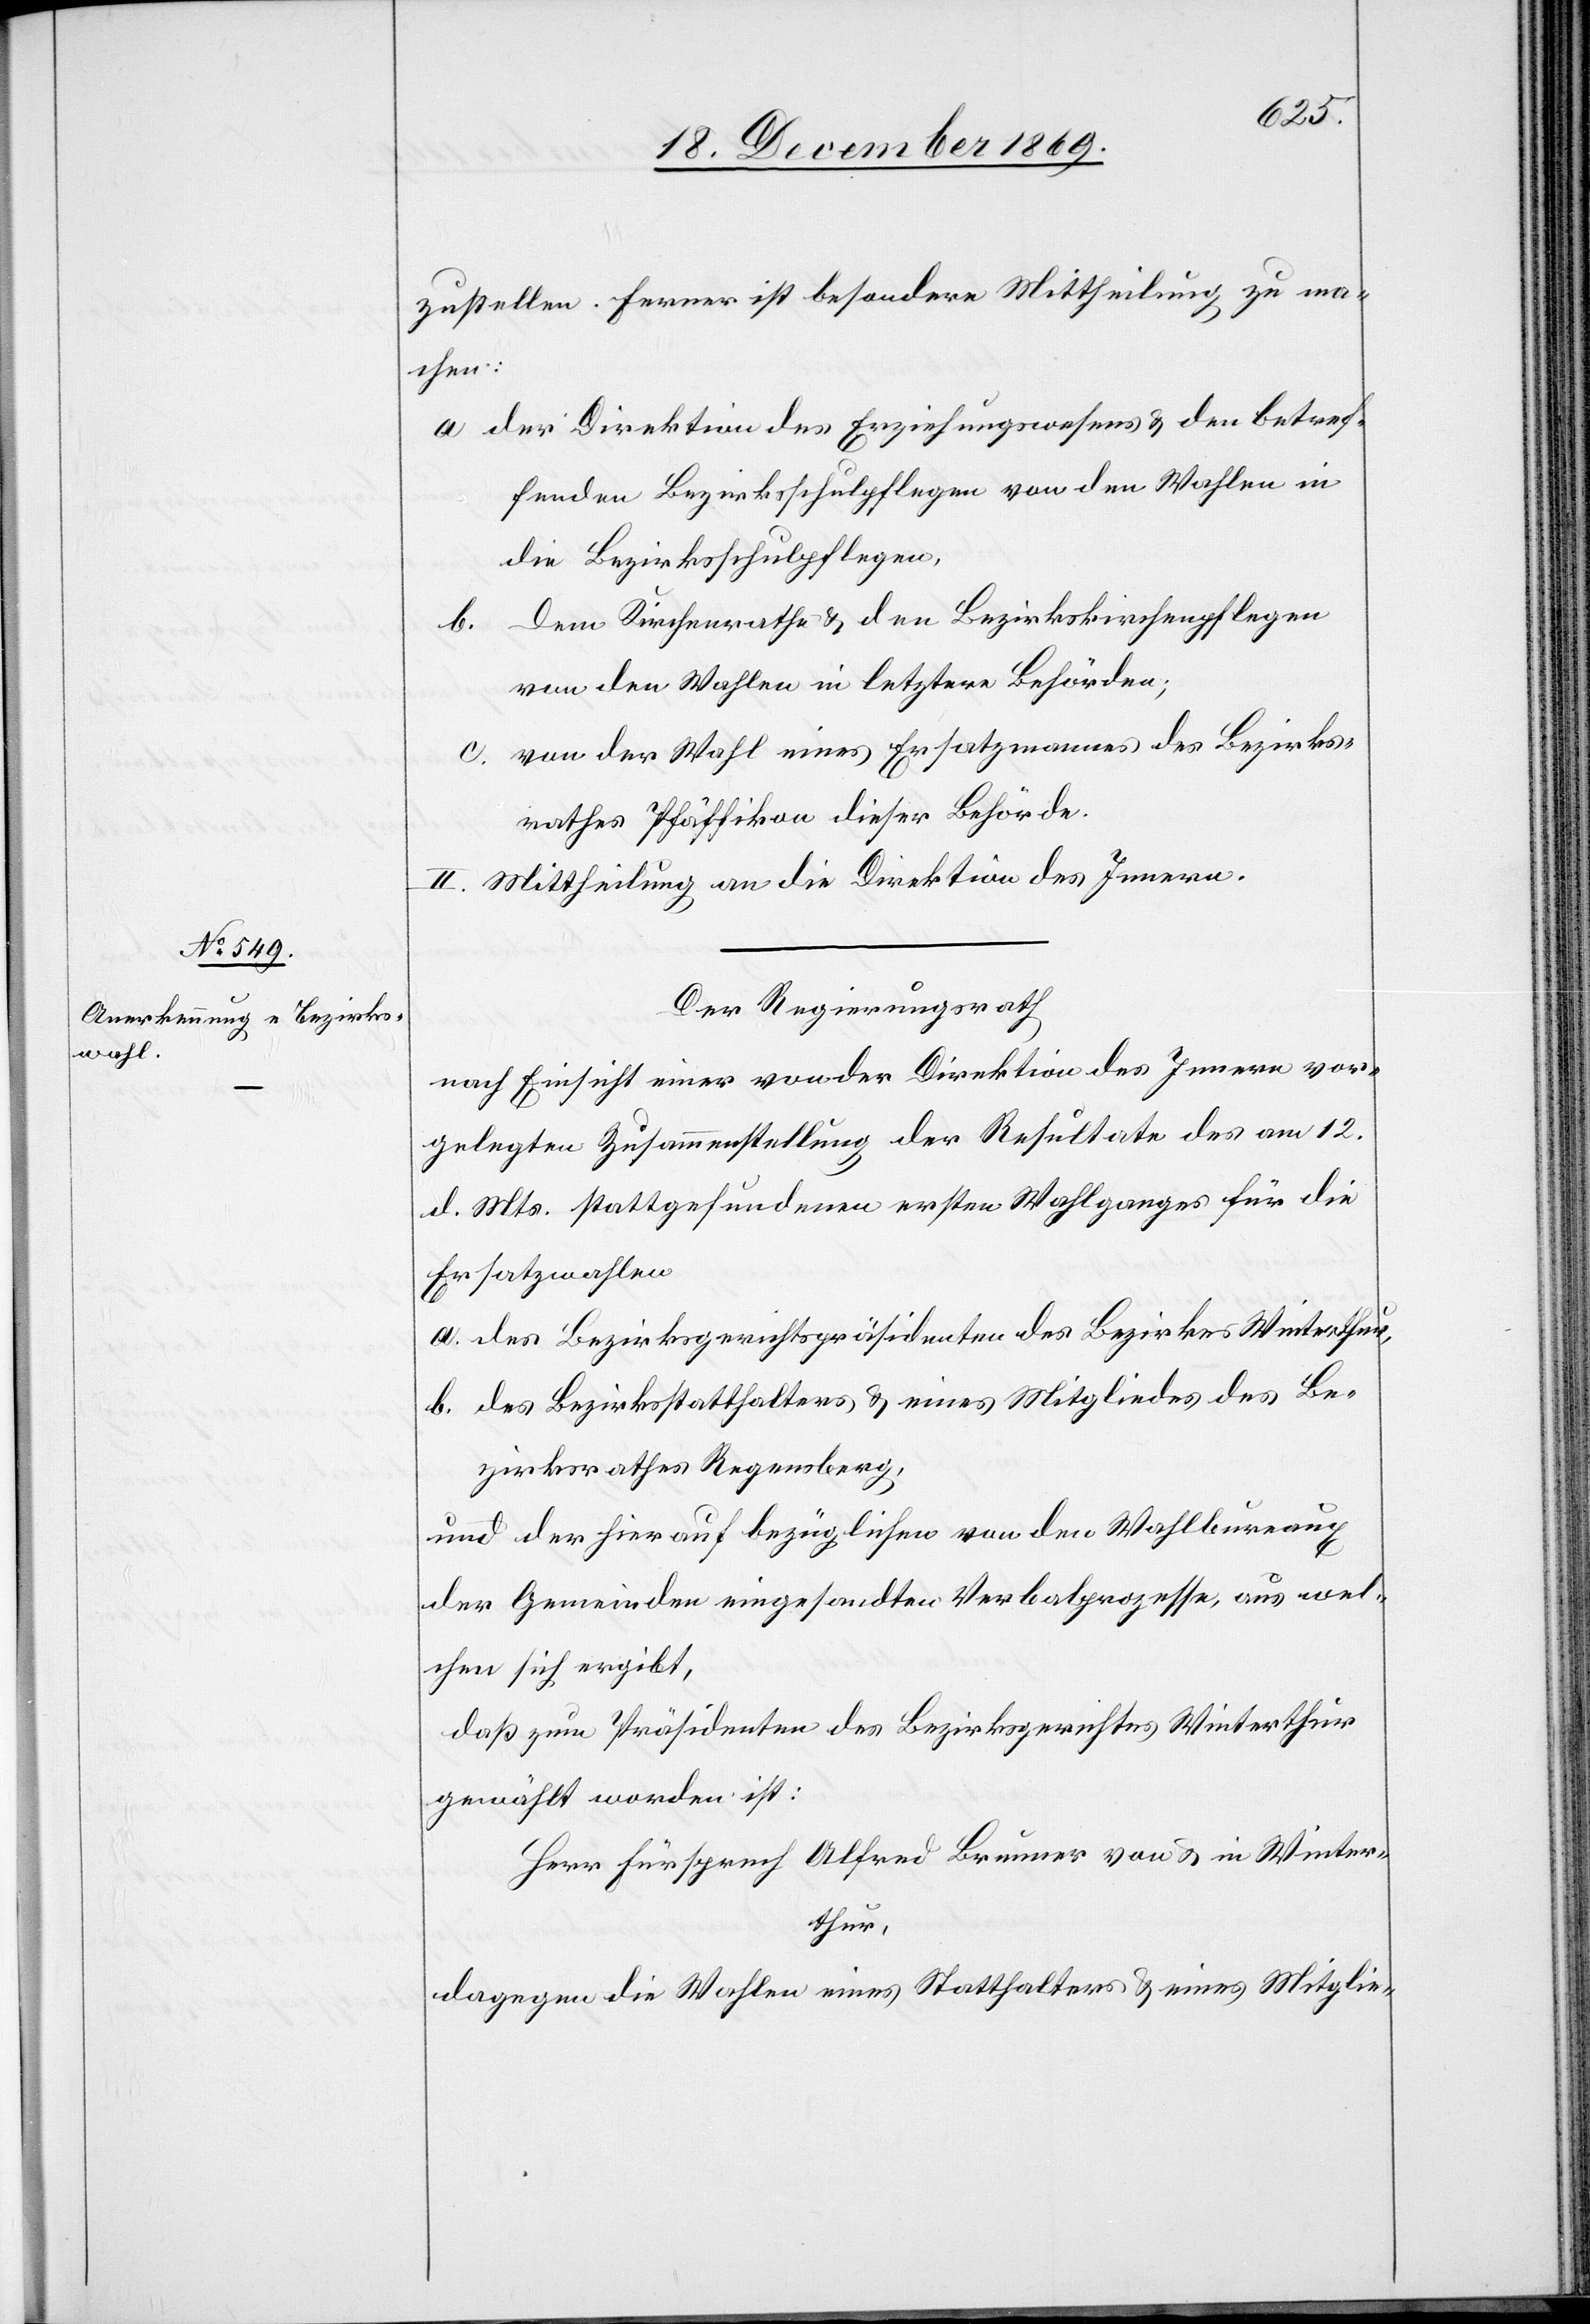
zustellen. Ferner ist besondere Mittheilung zu ma¬
chen:
der Direktion des Erziehungswesens & den betref¬
fenden Bezirksschulpflegen von den Wahlen in
die Bezirksschulpflegen,
dem Kirchenrathe & den Bezirkskirchenpflegen
von den Wahlen in letztere Behörden;
von der Wahl eines Ersatzmannes des Bezirks¬
rathes Pfäffikon dieser Behörde.
II. Mittheilung an die Direktion des Innern.
Der Regierungsrath
nach Einsicht einer von der Direktion des Innern vor¬
gelegten Zusammenstellung der Resultate des am 12.
d. Ms. stattgefundenen ersten Wahlganges für die
Ersatzwahlen
a. des Bezirksgerichtspräsidenten des Bezirkes Winterthur,
b. des Bezirksstatthalters & eines Mitgliedes des Be¬
zirksrathes Regensberg,
und der hierauf bezüglichen von den Wahlbureaux
der Gemeinden eingesandten Verbalprozesse, aus wel¬
chen sich ergibt,
daß zum Präsidenten des Bezirksgerichtes Winterthur
gewählt worden ist:
Herr Fürsprech Alfred Brunner von & in Winter¬
thur,
dagegen die Wahlen eines Statthalters & eines Mitglie-